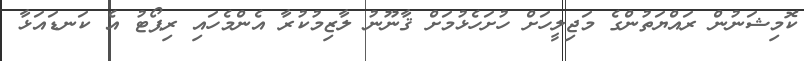
ކޮމިޝަނުން ރައްޔަތުންގެ މަޖިލީހަށް ހުށަހެޅުމަށް ޤާނޫނު ލާޒިމުކުރާ އެންމެހައި ރިޕޯޓު އެ ކަނޑައަޅާ